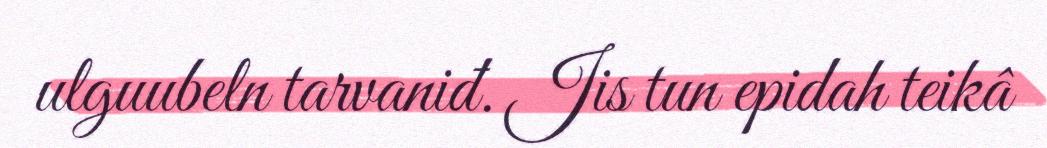
ulguubeln tarvaniđ. Jis tun epidah teikâ